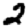
Digit: 2